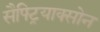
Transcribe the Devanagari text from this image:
सैफ्ट्रियाक्सोन